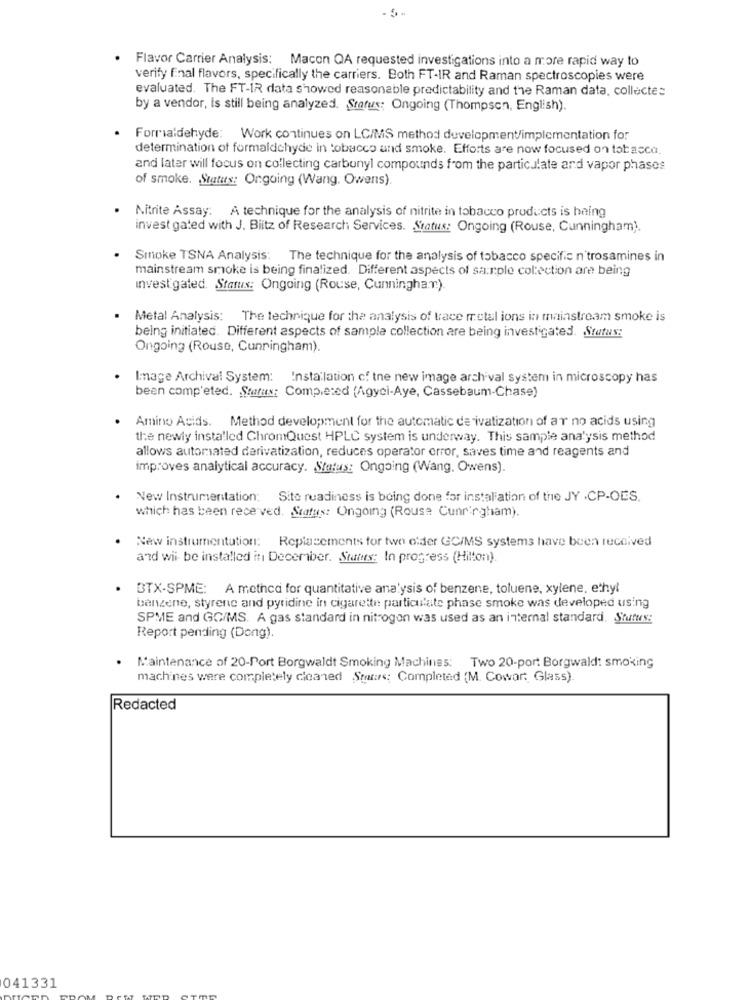
- 5 -
Flavor Carrier Analysis: Macon QA requested investigations into a more rapid way to
verify final flavors, specifically the carriers. Both FT-IR and Raman spectroscopies were
evaluated. The FT-IR data showed reasonable predictability and the Raman data, collectes
by a vendor, is still being analyzed. Status: Ongoing (Thompson, English).
Formaldehyde: Work continues on LC/MS method development/implementation for
determination of formaldehyde in tobacco and smoke. Efforts are now focused on tobacco.
and later will focus on collecting carbonyl compounds from the particulate and vapor phases
of smoke. Status: Ongoing (Wang. Owens).
Nitrite Assay: A technique for the analysis of nitrite in tobacco products is haing
invest gated with J. Blitz of Research Services. Status: Ongoing (Rouse, Cunningham).
Smoke TSNA Analysis: The technique for the analysis of tobacco specific n'trosamines in
mainstream smoke is being finalized. Different aspects of sarole colection are being
Investigated. Status: Ongoing (Rouse, Cunningham).
Metal Analysis: The technique for the analysis of trace metal ions in mainstream smoke is
being initiated. Different aspects of sample collection are being investigated. Status:
Ongoing (Rouse, Cunningham).
Image Archival System: Insta lation cf tne new image archival system in microscopy has
been comp'eted. Status: Completed (Agyci-Aye, Cassebaum-Chase)
Amino Acids. Method development for the automatic de ivatization of ar no acids using
the newly installed ChromQuest HPLC system is underway. This sample analysis method
allows automated derivatization, reduces operator error, saves time and reagents and
improves analytical accuracy. Status: Ongoing (Wang. Owens).
New Instrumentation: Site readiness is being done for installation of the JY .CP-OES.
which has been received. Status: Ongoing (Rouse Cunningham).
New instrumentation: Replacements for two ofder GC/MS systems have been received
and wii be installed in December. States: In progress (Hilton).
BTX-SPME: A method for quantitative analysis of benzene, toluene, xylene, ethyl
benzene, styrene and pyridine in cigarette particulate phase smoke was developed using
SPME and GC/MS. A gas standard in nitrogen was used as an internal standard. Status:
Report pending (Dong).
Maintenance of 20-Port Borgwaldt Smoking Machines: Two 20-port Borgwald: smoking
machines were completely cleaned Storrs; Completed (M. Cowar: Glass).
Redacted
041331